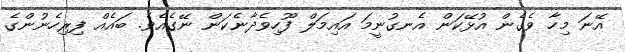
އޭނަ މިހާ ވެގެން އުޅޭކަން އެނގުނީމަ އައިމަލް ފޫހިވެދާނެކަން ނޭގެއެވެ. ބައެއް ފިރިހެނުންގެ